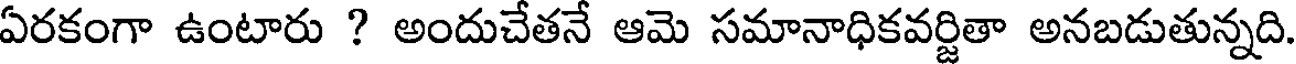
ఏరకంగా ఉంటారు ? అందుచేతనే ఆమె సమానాధికవర్జితా అనబడుతున్నది